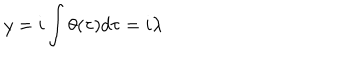
y = i \int \theta ( \tau ) d \tau = i \lambda